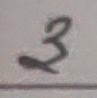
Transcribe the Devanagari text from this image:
३